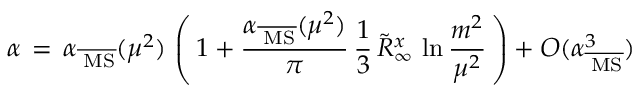
\alpha \, = \, \alpha _ { \overline { { { \mathrm { \tiny ~ M S } } } } } ( \mu ^ { 2 } ) \, \left( \, 1 + \frac { \alpha _ { \overline { { { \mathrm { \tiny ~ M S } } } } } ( \mu ^ { 2 } ) } { \pi } \, \frac { 1 } { 3 } \, \tilde { R } _ { \infty } ^ { x } \, \ln \frac { m ^ { 2 } } { \mu ^ { 2 } } \, \right) + { \cal O } ( \alpha _ { \overline { { { \mathrm { \tiny ~ M S } } } } } ^ { 3 } )